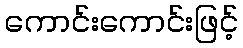
ကောင်းကောင်းဖြင့်